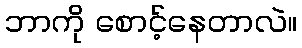
ဘာကို စောင့်နေတာလဲ။